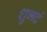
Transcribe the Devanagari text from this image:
शुभदं